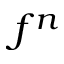
f ^ { n }